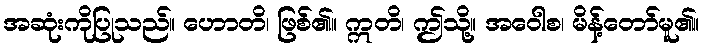
အဆုံးကိုပြုသည်။ ဟောတိ၊ ဖြစ်၏။ ဣတိ၊ ဤသို့။ အဝေါစ၊ မိန့်တော်မူ၏။